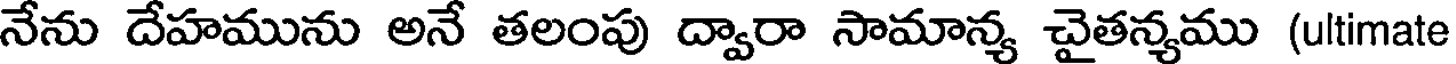
నేను దేహమును అనే తలంపు ద్వారా సామాన్య చైతన్యము (ultimate